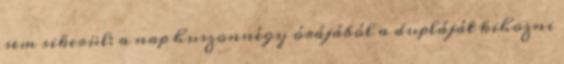
sem sikerül: a nap huszonnégy órájából a dupláját kihozni